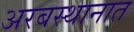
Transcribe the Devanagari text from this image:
अरबस्थानात